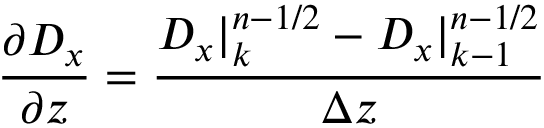
\frac { \partial D _ { x } } { \partial z } = \frac { D _ { x } | _ { k } ^ { n - 1 / 2 } - D _ { x } | _ { k - 1 } ^ { n - 1 / 2 } } { \Delta z }